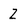
Character: Z